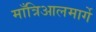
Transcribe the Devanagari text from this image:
माँत्रिआलमार्गे